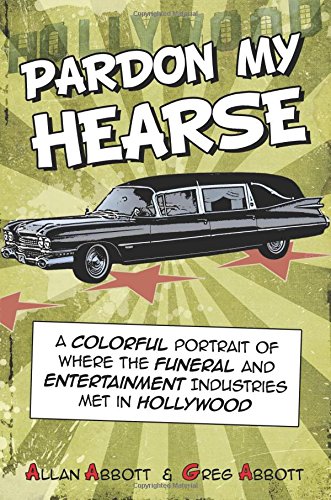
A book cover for Pardon My Hearse: A Colorful Portrait of Where the Funeral and Entertainment Industries Met in Hollywood; Allan Abbott; Humor & Entertainment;